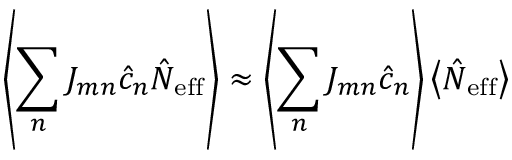
\left\langle \sum _ { n } J _ { m n } \hat { c } _ { n } \hat { N } _ { \mathrm { e f f } } \right\rangle \approx \left\langle \sum _ { n } J _ { m n } \hat { c } _ { n } \right\rangle \left\langle \hat { N } _ { \mathrm { e f f } } \right\rangle